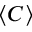
\langle C \rangle